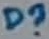
Text: D?